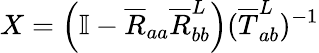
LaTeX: X=\left(\mathbb{I}-\overline{{R}}_{aa}\overline{{R}}_{bb}^{L}\right)(\overline{{T}}_{ab}^{L})^{-1}